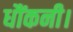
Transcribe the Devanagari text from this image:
धौंकनी।